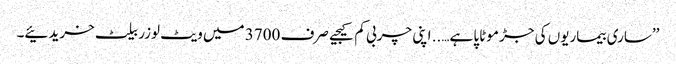
’’ساری بیماریوں کی جڑ موٹاپا ہے….. اپنی چربی کم کیجیے صرف 3700 میں ویٹ لوزر بیلٹ خریدئیے۔